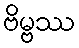
ဗိမ္ဗဿ